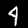
Digit: 4